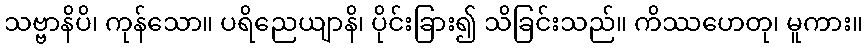
သဗ္ဗာနိပိ၊ ကုန်သော။ ပရိညေယျာနိ၊ ပိုင်းခြား၍ သိခြင်းသည်။ ကိဿဟေတု၊ မူကား။